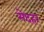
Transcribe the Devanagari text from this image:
मेदहर